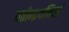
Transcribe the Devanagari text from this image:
यतीन्द्रयमिनां